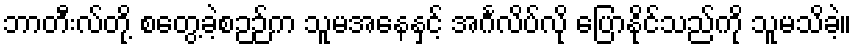
ဘာတီးလ်တို့ စတွေ့ခဲ့စဉဉ်က သူမအနေနှင့် အင်္ဂလိပ်လို ပြောနိုင်သည်ကို သူမသိခဲ့။